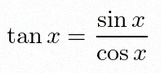
\tan x=\frac{\sin x}{\cos x}